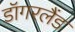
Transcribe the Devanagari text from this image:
डॉगरलैंड